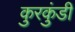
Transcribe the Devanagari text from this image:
कुरकुंडी